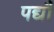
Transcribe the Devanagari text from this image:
पद्यौं